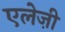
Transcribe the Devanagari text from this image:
एलेज़ी